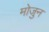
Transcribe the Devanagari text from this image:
मोजुन